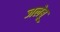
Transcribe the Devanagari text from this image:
जलेबू